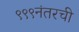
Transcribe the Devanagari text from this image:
९९९नंतरची